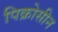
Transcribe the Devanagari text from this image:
पिक्रोसीन